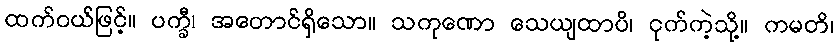
ထက်ဝယ်ဖြင့်။ ပက္ခီ၊ အတောင်ရှိသော။ သကုဏော သေယျထာပိ၊ ငုက်ကဲ့သို့။ ကမတိ၊